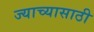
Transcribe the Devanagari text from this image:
ज्याच्यासाठी